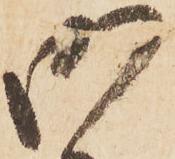
御